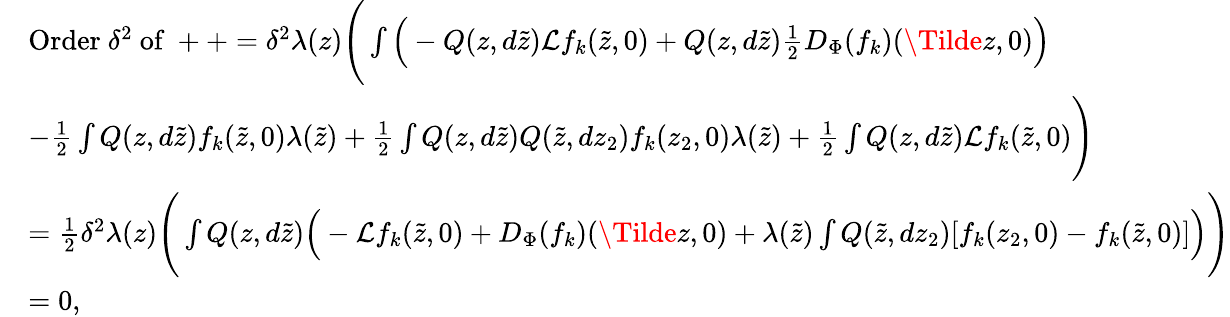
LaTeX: \begin{array}{rl}&{\mathrm{Order~}\delta^{2}\mathrm{~of~}++=\delta^{2}\lambda(z)\Bigg(\int\Big(-Q(z,d\tilde{z})\mathcal{L}f_{k}(\tilde{z},0)+Q(z,d\tilde{z})\frac{1}{2}D_{\Phi}(f_{k})(\Tilde{z},0)\Big)}\\ &{-\frac{1}{2}\int Q(z,d\tilde{z})f_{k}(\tilde{z},0)\lambda(\tilde{z})+\frac{1}{2}\int Q(z,d\tilde{z})Q(\tilde{z},dz_{2})f_{k}(z_{2},0)\lambda(\tilde{z})+\frac{1}{2}\int Q(z,d\tilde{z})\mathcal{L}f_{k}(\tilde{z},0)\Bigg)}\\ &{=\frac{1}{2}\delta^{2}\lambda(z)\Bigg(\int Q(z,d\tilde{z})\Big(-\mathcal{L}f_{k}(\tilde{z},0)+D_{\Phi}(f_{k})(\Tilde{z},0)+\lambda(\tilde{z})\int Q(\tilde{z},dz_{2})[f_{k}(z_{2},0)-f_{k}(\tilde{z},0)]\Big)\Bigg)}\\ &{=0,}\end{array}